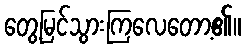
တွေ့မြင်သွားကြလေတော့၏။